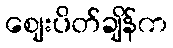
ဈေးပိတ်ချိန်က